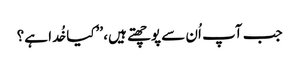
جب آپ اُن سے پوچھتے ہیں، ’’کیا خُدا ہے؟